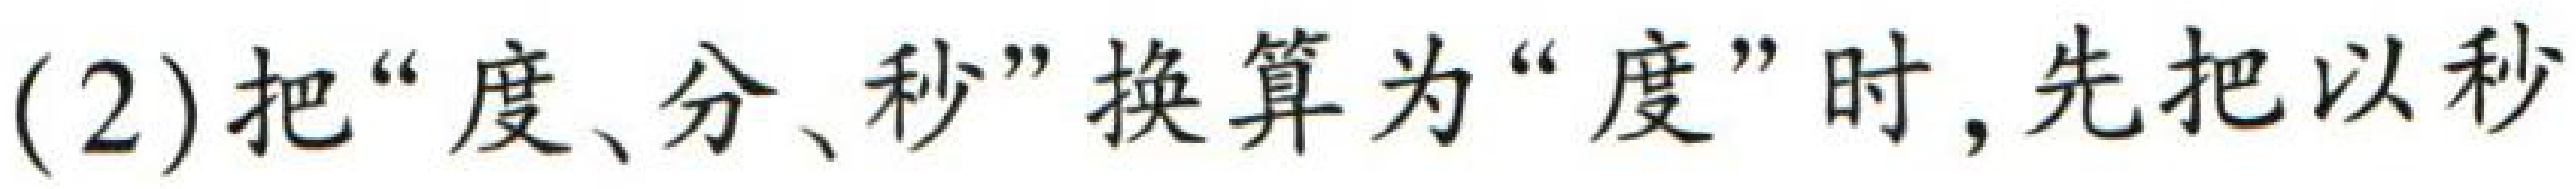
(2)把“度、分、秒”换算为“度”时，先把以秒